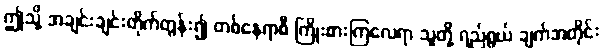
ဤသို့ အချင်းချင်းတိုက်တွန်း၍ တစ်နေရာစီ ကြိုးစားကြလေရာ သူတို့ ရည်ရွယ် ချက်အတိုင်း